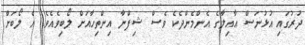
ދުރުގައި އުޅުނަސް ޢާއިލާގެ އެންމެންދެކެ ވެސް ޝިފްނާ އިންތިހާއަށް ލޯބިވެއެވެ. އެ ލޯބަށް